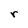
Character: r